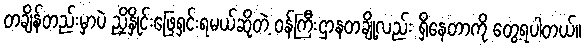
တချိန်တည်းမှာပဲ ညှိနှိုင်းဖြေရှင်းရမယ်ဆိုတဲ့ ဝန်ကြီးဌာနတချို့လည်း ရှိနေတာကို တွေ့ရပါတယ်။